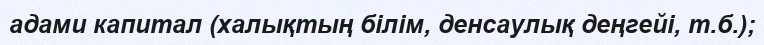
адами капитал (халықтың білім, денсаулық деңгейі, т.б.);